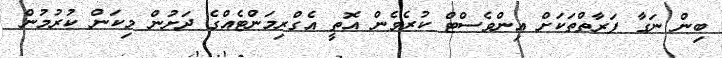
ބިން ނަގާ ފަރާތްތަކަށް އިންވެސްޓް ކުރެވެން އޮތީ އެގްރިމަންޓެއްގެ ދަށުން މިކަން ކުރުމުން